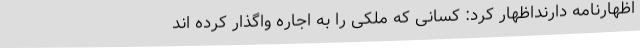
اظهارنامه دارنداظهار کرد: کسانی که ملکی را به اجاره واگذار کرده اند